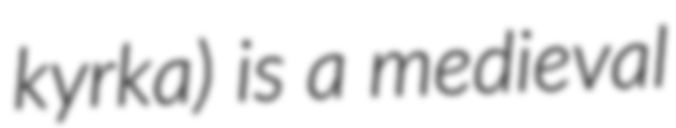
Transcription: kyrka) is a medieval